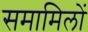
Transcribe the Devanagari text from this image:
समामिलों